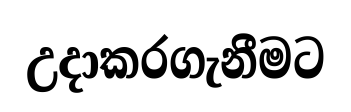
උදාකරගැනීමට